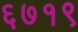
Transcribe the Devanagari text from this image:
६७१९